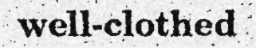
well-clothed